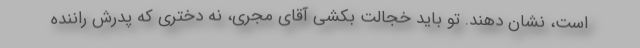
است، نشان دهند. تو باید خجالت بکشی آقای مجری، نه دختری که پدرش راننده